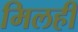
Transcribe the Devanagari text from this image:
मिलही